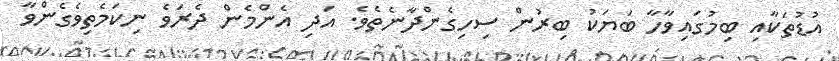
އުޑުތަކާއި ބިމުގައިވާހާ ބަޔަކު ބިރުން ސިހިގެންދާނެތެވެ. އަދި އެންމެން ދެރަވެ ނިކަމެތިވެގެންވާ